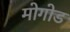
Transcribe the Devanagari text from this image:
मोगोड